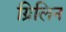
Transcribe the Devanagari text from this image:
ग्रिलिन